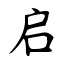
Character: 启